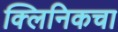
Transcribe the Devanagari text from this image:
क्लिनिकचा